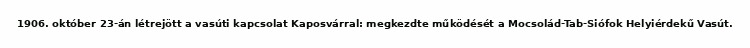
1906. október 23-án létrejött a vasúti kapcsolat Kaposvárral: megkezdte működését a Mocsolád-Tab-Siófok Helyiérdekű Vasút.